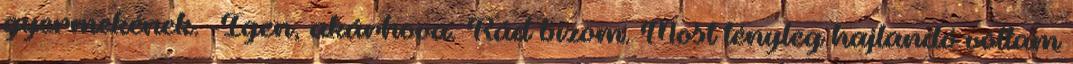
gyermekének. -Igen, akárhova. Rád bízom. Most tényleg hajlandó voltam